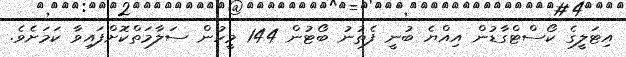
އިޓަލީގެ ކޯސްޓްގާޑުން އިއްޔެ ބުނީ ފެތުނު ބޯޓުން 144 މީހުން ސަލާމަތްކޮށްފައިވާ ކަމަށެވެ.